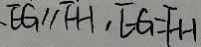
E G / / F H , E G = F H